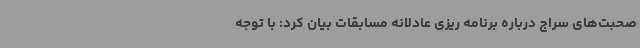
صحبت‌های سراج درباره برنامه ریزی عادلانه مسابقات بیان کرد: با توجه